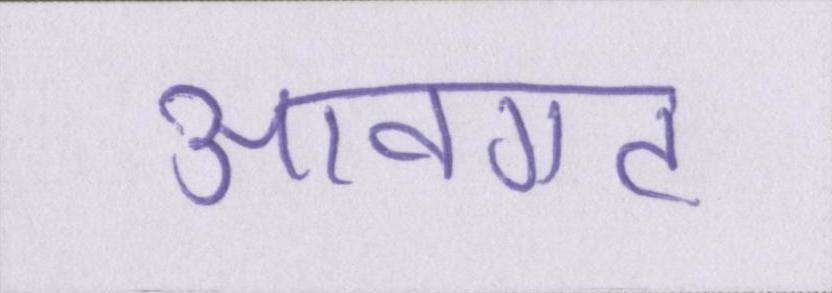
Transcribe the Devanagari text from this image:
आवगत